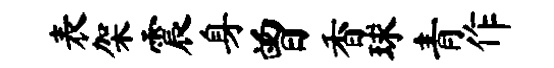
表架震身曾香球青作